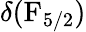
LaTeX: \delta(\mathrm{F}_{5/2})